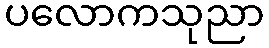
ပလောကသုညာ